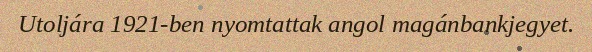
Utoljára 1921-ben nyomtattak angol magánbankjegyet.